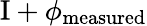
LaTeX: \mathrm{I}+\phi_{\mathrm{measured}}